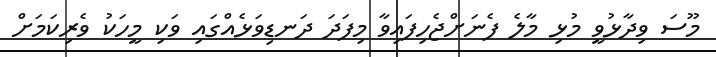
މޫސަ ވިދާޅުވީ މުޅި މާލެ ފެނަށްޖެހިފައިވާ މިފަދަ ދަނޑިވަޅެއްގައި ވަކި މީހަކު ވެރިކަމަށް